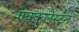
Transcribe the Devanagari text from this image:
एक्कलेस्टन